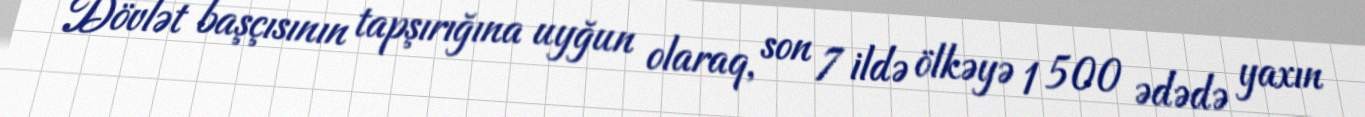
Dövlət başçısının tapşırığına uyğun olaraq, son 7 ildə ölkəyə 1 500 ədədə yaxın